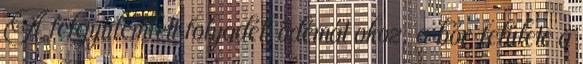
A felgyülemlett folyadék ödémát okoz, a bőr felülete a